Language: tamil
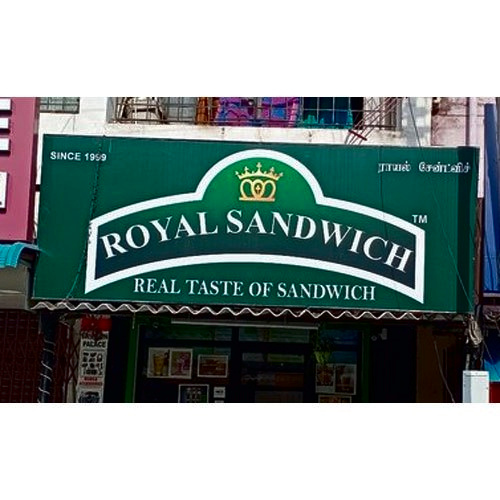
Transcription: ராயல்